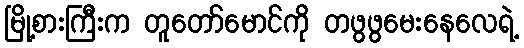
မြို့စားကြီးက တူတော်မောင်ကို တဖွဖွမေးနေလေရဲ့